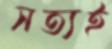
সত্যই